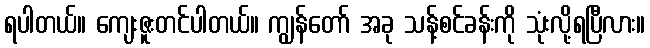
ရပါတယ်။ ကျေးဇူးတင်ပါတယ်။ ကျွန်တော် အခု သန့်စင်ခန်းကို သုံးလို့ရပြီလား။